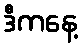
ဒီကနေ့